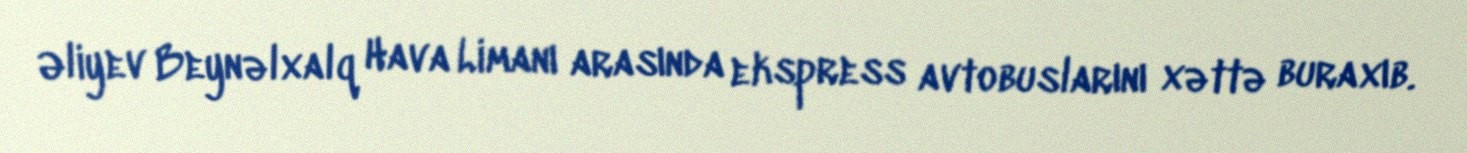
Əliyev Beynəlxalq Hava Limanı arasında ekspress avtobuslarını xəttə buraxıb.